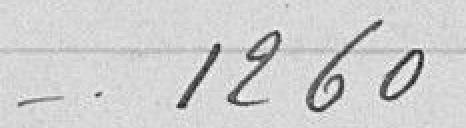
1260